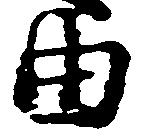
由